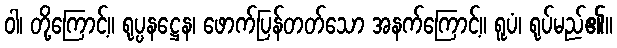
ဝါ၊ တို့ကြောင့်။ ရုပ္ပနဋ္ဌေန၊ ဖောက်ပြန်တတ်သော အနက်ကြောင့်။ ရူပံ၊ ရုပ်မည်၏။